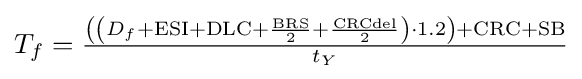
\textstyle T_{f}={\frac {\left(\left(D_{f}+{\text{ESI}}+{\text{DLC}}+{\frac {\text{BRS}}{2}}+{\frac {\text{CRCdel}}{2}}\right)\cdot 1.2\right)+{\text{CRC}}+{\text{SB}}}{t_{Y}}}